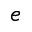
^ e